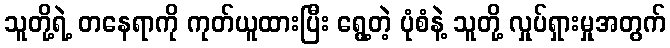
သူတို့ရဲ့ တနေရာကို ကုတ်ယူထားပြီး ရွေ့တဲ့ ပုံစံနဲ့ သူတို့ လှုပ်ရှားမှုအတွက်